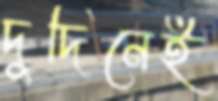
দুদিনেই